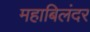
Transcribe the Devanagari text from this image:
महाबिलंदर